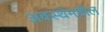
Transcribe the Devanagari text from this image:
अवस्थेमधील